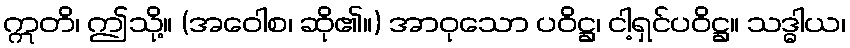
ဣတိ၊ ဤသို့။ (အဝေါစ၊ ဆို၏။) အာဝုသော ပဝိဋ္ဌ၊ ငါ့ရှင်ပဝိဋ္ဌ။ သဒ္ဓါယ၊